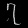
Digit: ၇